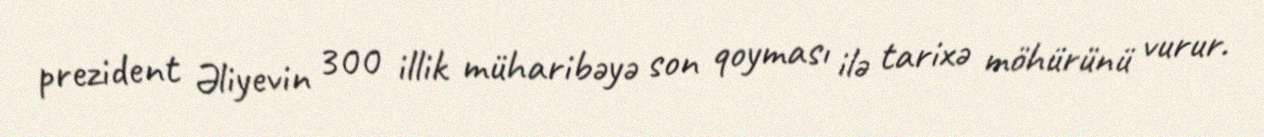
prezident Əliyevin 300 illik müharibəyə son qoyması ilə tarixə möhürünü vurur.